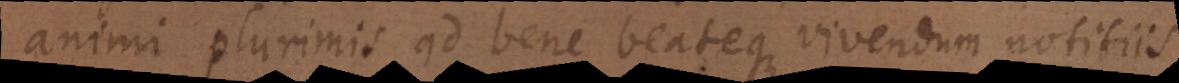
efficacibus ad bene beateque vivendum notitiis